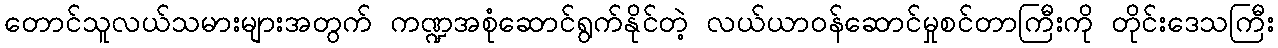
တောင်သူလယ်သမားများအတွက် ကဏ္ဍအစုံဆောင်ရွက်နိုင်တဲ့ လယ်ယာဝန်ဆောင်မှုစင်တာကြီးကို တိုင်းဒေသကြီး